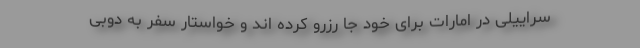
سراییلی در امارات برای خود جا رزرو کرده اند و خواستار سفر به دوبی